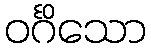
ဝင်္ဂိသော